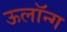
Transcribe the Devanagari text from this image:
ऊलॉन्ग